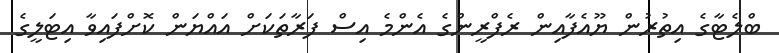
ބްލެޓާގެ އިތުރުން ޔޫއެފާއިން ރެފްރީންގެ އެންމެ އިސް ފަރާތަކަށް އައްޔަން ކޮށްފައިވާ އިޓަލީގެ